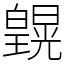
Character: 皩